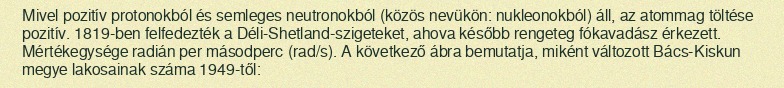
Mivel pozitív protonokból és semleges neutronokból (közös nevükön: nukleonokból) áll, az atommag töltése pozitív. 1819-ben felfedezték a Déli-Shetland-szigeteket, ahova később rengeteg fókavadász érkezett. Mértékegysége radián per másodperc (rad/s). A következő ábra bemutatja, miként változott Bács-Kiskun megye lakosainak száma 1949-től: